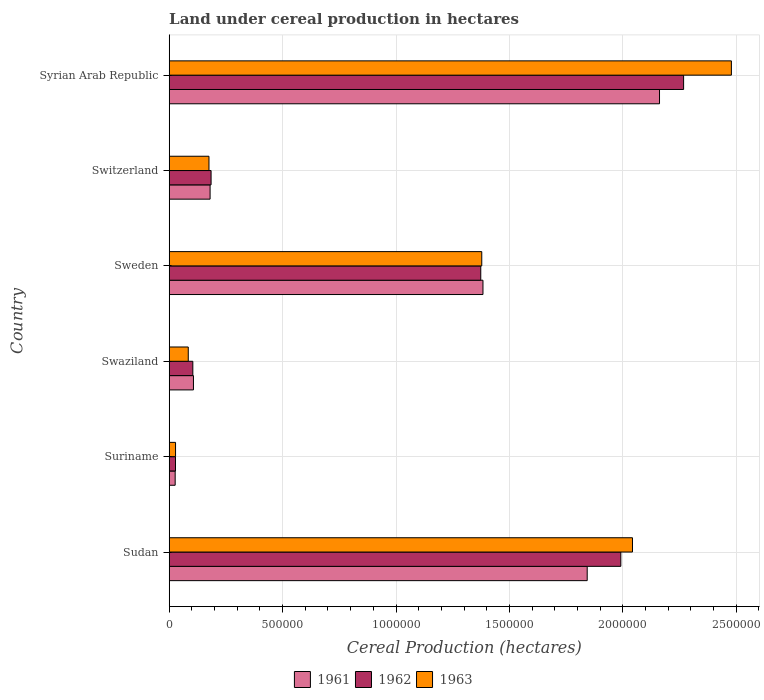
| Country | 1961 | 1962 | 1963 |
 | --- | --- | --- | --- |
 | Sudan | 1.84e+06 | 1.99e+06 | 2.04e+06 |
 | Suriname | 2.63e+04 | 2.77e+04 | 2.79e+04 |
 | Swaziland | 1.07e+05 | 1.04e+05 | 8.4e+04 |
 | Sweden | 1.38e+06 | 1.37e+06 | 1.38e+06 |
 | Switzerland | 1.8e+05 | 1.85e+05 | 1.75e+05 |
 | Syrian Arab Republic | 2.16e+06 | 2.27e+06 | 2.48e+06 |